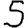
Digit: 5